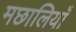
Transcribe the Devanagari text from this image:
मछालियाँ